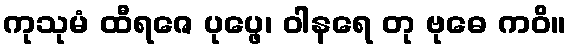
ကုသုမံ ထီရဇေ ပုပ္ဖေ၊ ဝါနရေ တု ဗုဓေ ကဝိ။